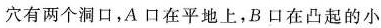
穴有两个洞口，A口在平地上，B口在凸起的小